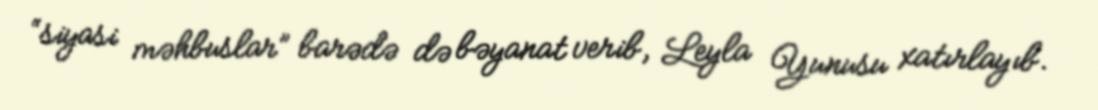
“siyasi məhbuslar” barədə də bəyanat verib, Leyla Yunusu xatırlayıb.